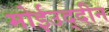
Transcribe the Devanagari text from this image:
मोईउद्दीन